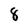
Character: 8